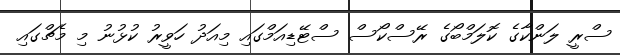
ސްރީ ލަންކާގެ ކޮލަމްބޯގެ ރޭސްކޯސް ސްޓޭޑިއަމްގައި މިއަދު ހަވީރު ކުޅުނު މި މެޗްގައި